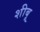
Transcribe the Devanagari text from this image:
शीबू